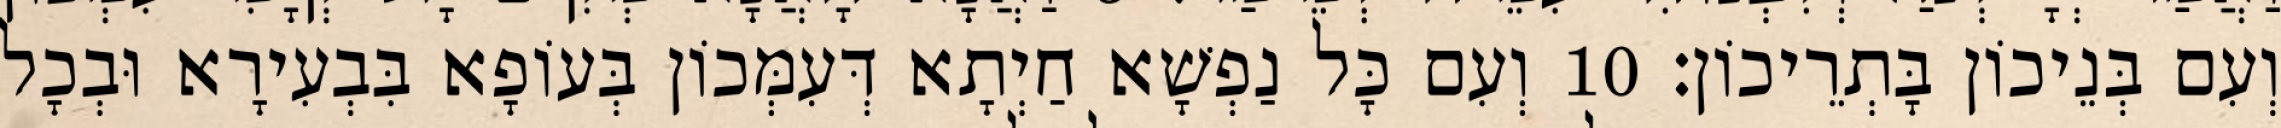
וְעִם בְּנֵיכוֹן בָּתְרֵיכוֹן׃ 10 וְעִם כָּל נַפְשָׁא חַיְתָא דְּעִמְּכוֹן בְּעוֹפָא בִּבְעִירָא וּבְכָל